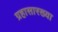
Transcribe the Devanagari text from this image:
ग्रहासारख्या